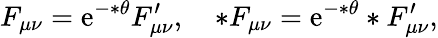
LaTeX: F_{\mu\nu}=\mathrm{e}^{-*\theta}F_{\mu\nu}^{\prime},\quad*F_{\mu\nu}=\mathrm{e}^{-*\theta}*F_{\mu\nu}^{\prime},